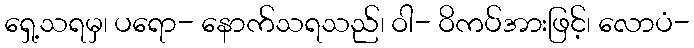
ရှေ့သရမှ၊ ပရော- နောက်သရသည်၊ ဝါ- ဝိကပ်အားဖြင့်၊ လောပံ-